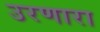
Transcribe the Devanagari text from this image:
उरणारा